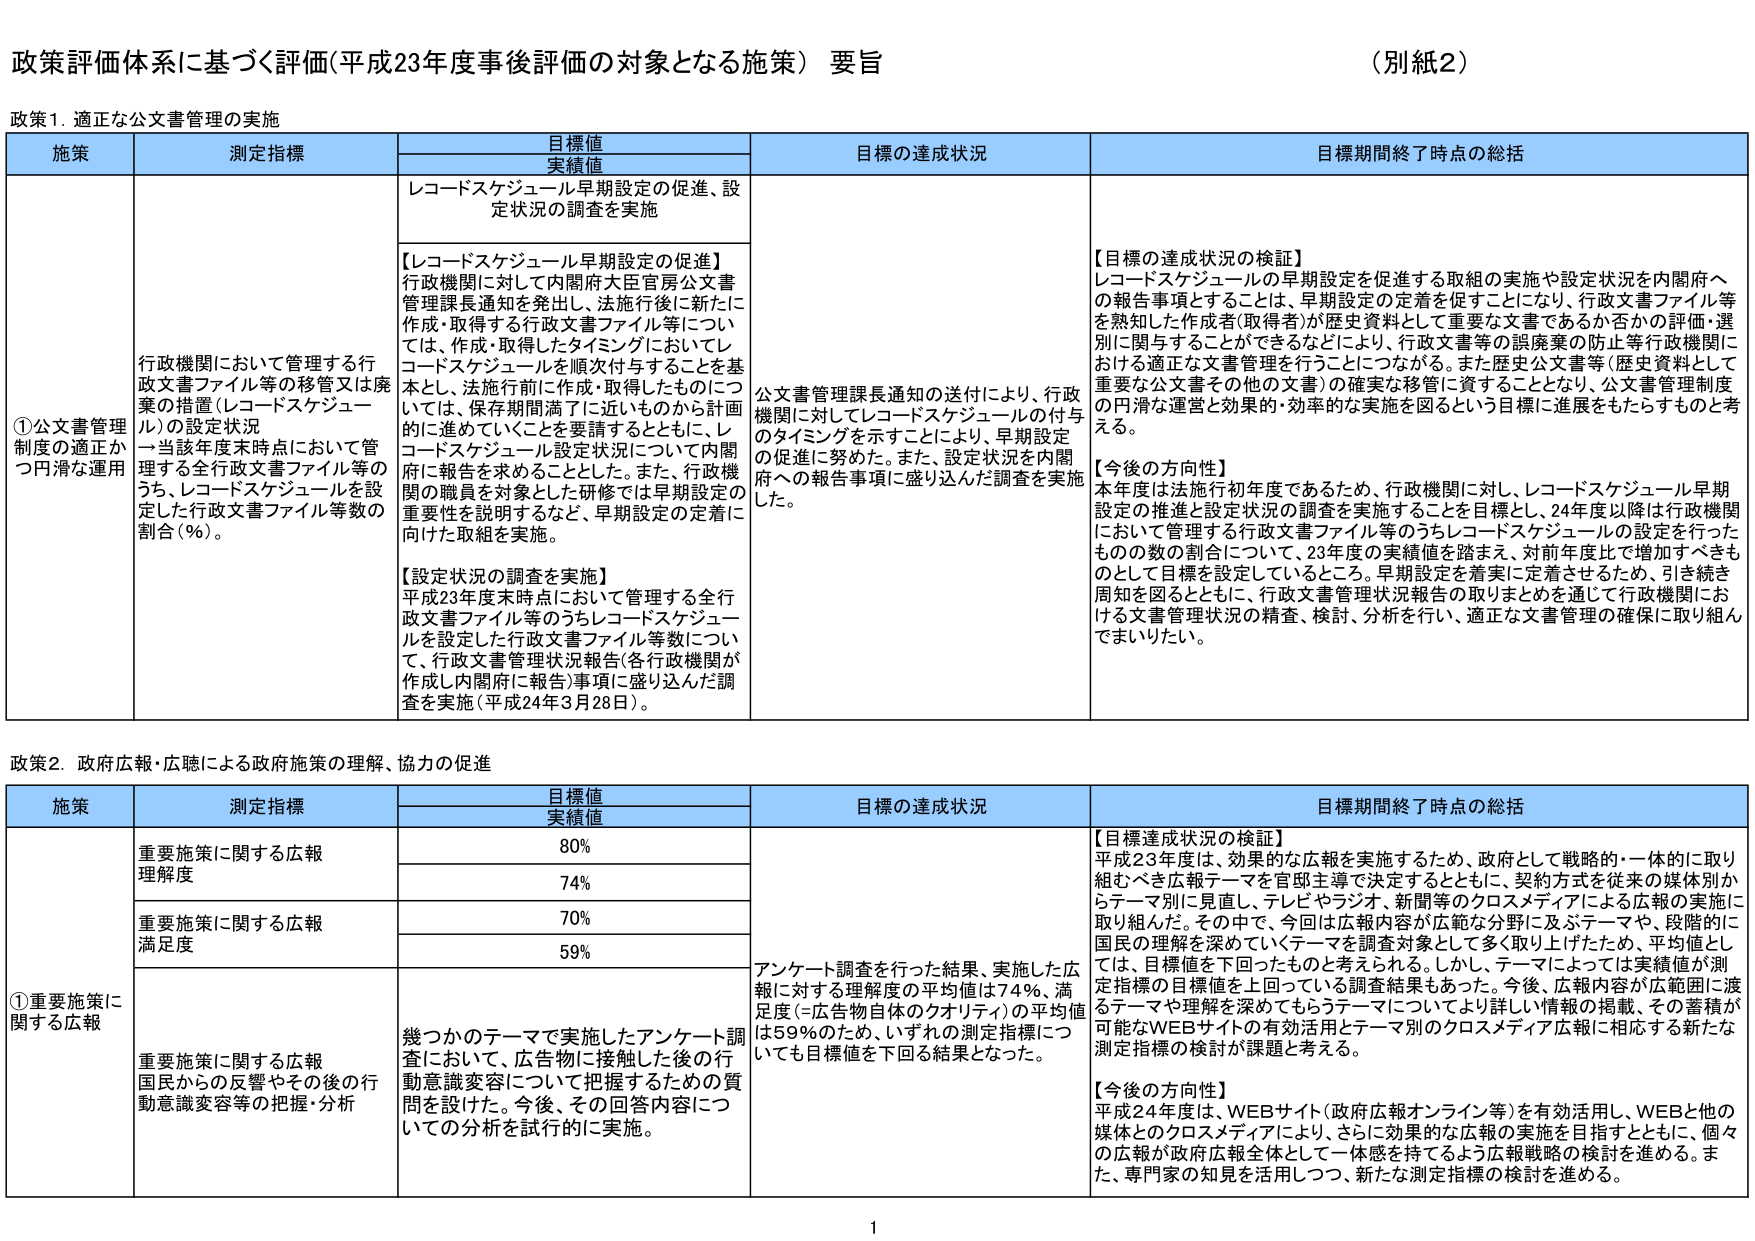
政策評価体系に基づく評価（平成23年度事後評価の対象となる施策）要旨
（別紙2）

政策1．適正な公文書管理の実施

| 施策 | 測定指標 | 目標値 | 目標の達成状況 | 目標期間終了時点の総括 |
|------|----------|--------|----------------|------------------------|
| | | 実績値 | | |
| ①公文書管理制度の適正かつ円滑な運用 | 行政機関において管理する行政文書ファイル等の移管又は廃棄の措置（レコードスケジュール）の設定状況 →当該年度末時点において管理する全行政文書ファイル等のうち、レコードスケジュールを設定した行政文書ファイル等数の割合（％）。 | レコードスケジュール早期設定の促進、設定状況の調査を実施 | 公文書管理課長通知の送付により、行政機関に対してレコードスケジュールの付与のタイミングを示すことにより、早期設定の促進に努めた。また、設定状況を内閣府への報告事項に盛り込んだ調査を実施した。 | 【目標の達成状況の検証】<br>レコードスケジュールの早期設定を促進する取組の実施や設定状況を内閣府への報告事項とすることは、早期設定の定着を促すことになり、行政文書ファイル等を熟知した作成者（取得者）が歴史資料として重要な文書であるか否かの評価・選別に関与することができるなどにより、行政文書等の誤廃棄の防止等行政機関における適正な文書管理を行うことにつながる。また歴史公文書等（歴史資料として重要な公文書その他の文書）の確実な移管に資することとなり、公文書管理制度の円滑な運営と効果的・効率的な実施を図るという目標に進展をもたらすものと考える。<br><br>【今後の方針】<br>本年度は法施行初年度であるため、行政機関に対し、レコードスケジュール早期設定の推進と設定状況の調査を実施することを目標とし、24年度以降は行政機関において管理する行政文書ファイル等のうちレコードスケジュールの設定を行ったものの数の割合について、23年度の実績値を踏まえ、対前年度比で増加すべきものとして目標を設定しているところ。早期設定を着実に定着させるため、引き続き周知を図るとともに、行政文書管理状況報告の取りまとめを通じて行政機関における文書管理状況の精査、検討、分析を行い、適正な文書管理の確保に取り組んでまいりたい。 |

【レコードスケジュール早期設定の促進】<br>行政機関に対して内閣府大臣官房公文書管理課長通知を発出し、法施行後に新たに作成・取得する行政文書ファイル等については、作成・取得したタイミングにおいてレコードスケジュールを順次付与することを基本とし、法施行前に作成・取得したものについては、保存期間満了に近いものから計画的に進めていくことを要請するとともに、レコードスケジュール設定状況について内閣府に報告を求めることとした。また、行政機関の職員を対象とした研修では早期設定の重要性を説明するなど、早期設定の定着に向けた取組を実施。<br><br>【設定状況の調査を実施】<br>平成23年度末時点において管理する全行政文書ファイル等のうちレコードスケジュールを設定した行政文書ファイル等数について、行政文書管理状況報告（各行政機関が作成し内閣府に報告）事項に盛り込んだ調査を実施（平成24年3月28日）。

政策2．政府広報・広聴による政府施策の理解、協力の促進

| 施策 | 測定指標 | 目標値 | 目標の達成状況 | 目標期間終了時点の総括 |
|------|----------|--------|----------------|------------------------|
| | | 実績値 | | |
| ①重要施策に関する広報 | 重要施策に関する広報理解度 | 80% | アンケート調査を行った結果、実施した広報に対する理解度の平均値は74％、満足度（＝広告物自体のクオリティ）の平均値は59％のため、いずれの測定指標についても目標値を下回る結果となった。 | 【目標達成状況の検証】<br>平成23年度は、効果的な広報を実施するため、政府として戦略的・一体的に取り組むべき広報テーマを官邸主導で決定するとともに、契約方式を従来の媒体別からテーマ別に見直し、テレビやラジオ、新聞等のクロスメディアによる広報の実施に取り組んだ。その中で、今回は広報内容が広範な分野に及び、テーマや、段階的に国民の理解を深めていくテーマを調査対象として多く取り上げたため、平均値としては、目標値を下回ったものと考えられる。しかし、テーマによっては実績値が測定指標の目標値を上回っている調査結果もあった。今後、広報内容が広範囲に渡るテーマや理解を深めてもらうテーマについてより詳しい情報の掲載、その蓄積が可能なWEBサイトの有効活用とテーマ別のクロスメディア広報に相応する新たな測定指標の検討が課題と考える。<br><br>【今後の方針】<br>平成24年度は、WEBサイト（政府広報オンライン等）を有効活用し、WEBと他の媒体とのクロスメディアにより、さらに効果的な広報の実施を目指すとともに、個々の広報が政府広報全体として一体感を持てるよう広報戦略の検討を進める。また、専門家の知見を活用しつつ、新たな測定指標の検討を進める。 |
| | 重要施策に関する広報満足度 | 70% | | |
| | | 74% | | |
| | | 59% | | |
| | 重要施策に関する広報国民からの反響やその後の行動意識変容等の把握・分析 | 幾つかのテーマで実施したアンケート調査において、広告物に接触した後の行動意識変容について把握したための質問を設けた。今後、その回答内容についての分析を試行的に実施。 | | |

1